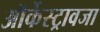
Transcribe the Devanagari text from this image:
ऑर्केस्ट्रावजा